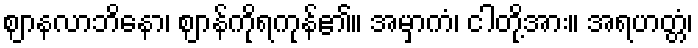
ဈာနလာဘိနော၊ ဈာန်ကိုရကုန်၏။ အမှာကံ၊ ငါတို့အား။ အရဟတ္တံ၊